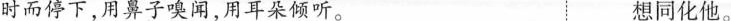
时而停下，用鼻子嗅闻，用耳朵倾听。 想同化他。